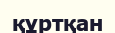
құртқан